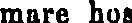
mare hos